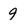
Character: 9